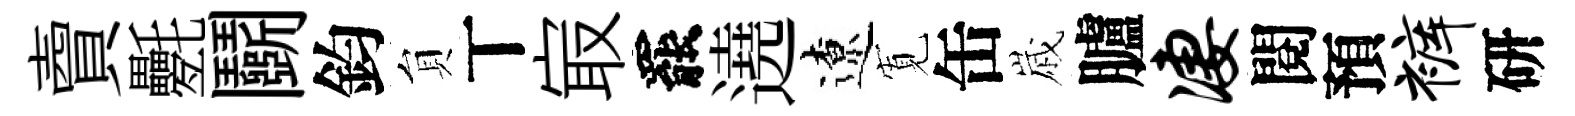
𧶠氎鬬鈞貟丅㝡罷遶遼𡩖缶𡻕臚凄閱預裤研